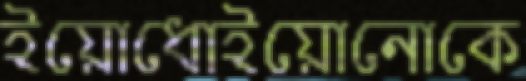
ইয়োধোইয়োনোকে